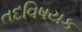
તદવિષયક